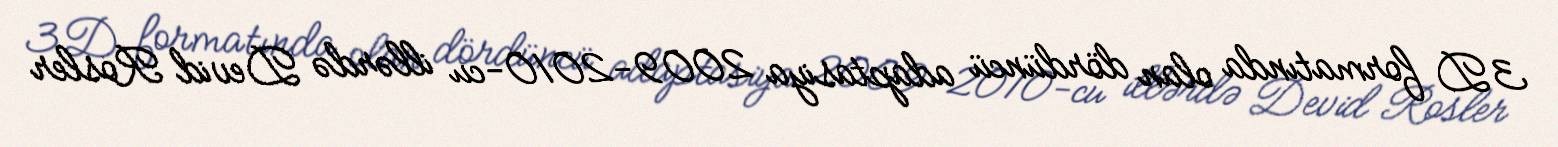
3D formatında olan dördüncü adaptasiya 2009-2010-cu illərdə Devid Rosler